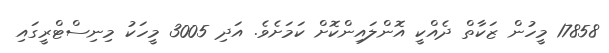
17858 މީހުން ޒަކާތް ދެއްކީ އޮންލައިންކޮށް ކަމަށެވެ. އަދި 3005 މީހަކު މިނިސްޓްރީގައި